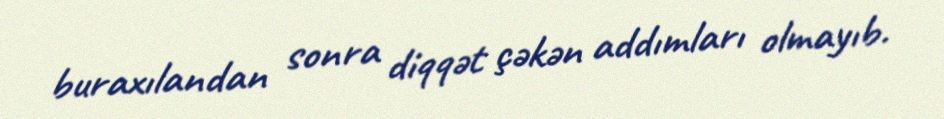
buraxılandan sonra diqqət çəkən addımları olmayıb.